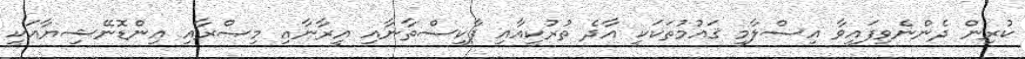
ކުރިން ދެންނެވިފައިވާ އިސްލާމީ ޤައުމުތަކަކީ އާދެ ތުރުކީއާއި ޕާކިސްތާނާއި އީރާނާއި މިޞްރާއި އިންޑޮނޭޝިޔާއަކީ